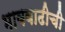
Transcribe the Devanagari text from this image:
भाववाढीची